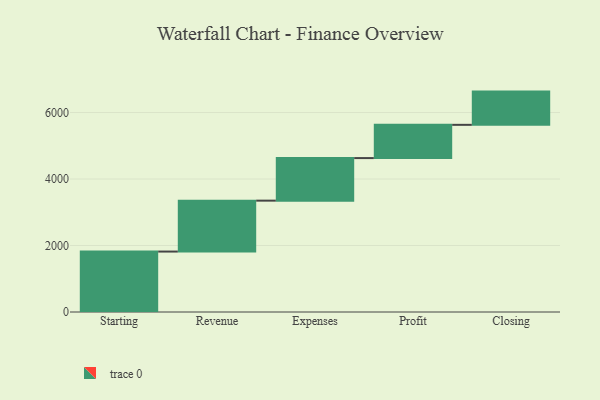
{"axis": {"x": "Step", "y": "Value"}, "legend": [""], "data": [{"x": "Starting", "y": 1818.0, "type": ""}, {"x": "Revenue", "y": 1532.0, "type": ""}, {"x": "Expenses", "y": 1280.0, "type": ""}, {"x": "Profit", "y": 1000, "type": ""}, {"x": "Closing", "y": 1000, "type": ""}]}